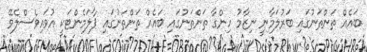
ބައެއް ތަންތަނުގައި ބަރުލަމާނީ ނިޒާމު ހިންގާ ތަންތަނުގައި ބައެއް ތަންތަނުގައި ޕާލަމެންޓަކީ އުވައިވެސްލެވޭ